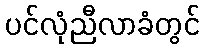
ပင်လုံညီလာခံတွင်